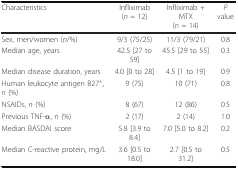
<table><thead><tr><td><b>Characteristics</b></td><td><b>Infliximab(<i>n </i>= 12)</b></td><td><b>Infliximab + MTX(<i>n </i>= 14)</b></td><td><b><i>P </i>value</b></td></tr></thead><tbody><tr><td>Sex, men/women (<i>n</i>/%)</td><td>9/3 (75/25)</td><td>11/3 (79/21)</td><td>0.8</td></tr><tr><td>Median age, years</td><td>42.5 [27 to 59]</td><td>45.5 [29 to 55]</td><td>0.3</td></tr><tr><td>Median disease duration, years</td><td>4.0 [0 to 28]</td><td>4.5 [1 to 19]</td><td>0.9</td></tr><tr><td>Human leukocyte antigen B27<sup>+</sup>, <i>n </i>(%)</td><td>9 (75)</td><td>10 (71)</td><td>0.8</td></tr><tr><td>NSAIDs, <i>n </i>(%)</td><td>8 (67)</td><td>12 (86)</td><td>0.5</td></tr><tr><td>Previous TNF-α, <i>n </i>(%)</td><td>2 (17)</td><td>2 (14)</td><td>1.0</td></tr><tr><td>Median BASDAI score</td><td>5.8 [3.9 to 8.4]</td><td>7.0 [5.0 to 8.2]</td><td>0.2</td></tr><tr><td>Median C-reactive protein, mg/L</td><td>3.6 [0.5 to 18.0]</td><td>2.7 [0.5 to 31.2]</td><td>0.5</td></tr></tbody></table>